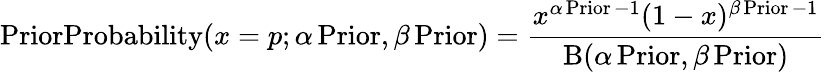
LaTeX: {\operatorname{PriorProbability}}(x=p;\alpha\operatorname{Prior},\beta\operatorname{Prior})={\frac{x^{\alpha\operatorname{Prior}-1}(1-x)^{\beta\operatorname{Prior}-1}}{\mathrm{B}(\alpha\operatorname{Prior},\beta\operatorname{Prior})}}